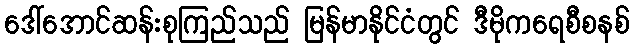
ဒေါ်အောင်ဆန်းစုကြည်သည် မြန်မာနိုင်ငံတွင် ဒီမိုကရေစီစနစ်